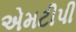
એમટીપી